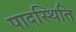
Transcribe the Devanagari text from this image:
पादस्थिति